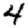
Digit: 4